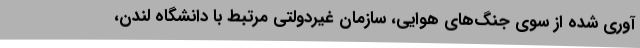
آوری شده از سوی جنگ‌های هوایی، سازمان غیردولتی مرتبط با دانشگاه لندن،